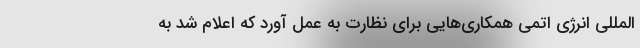
المللی انرژی اتمی همکاری‌هایی برای نظارت به عمل آورد که اعلام شد به